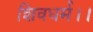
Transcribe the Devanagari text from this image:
शिवधर्म।।